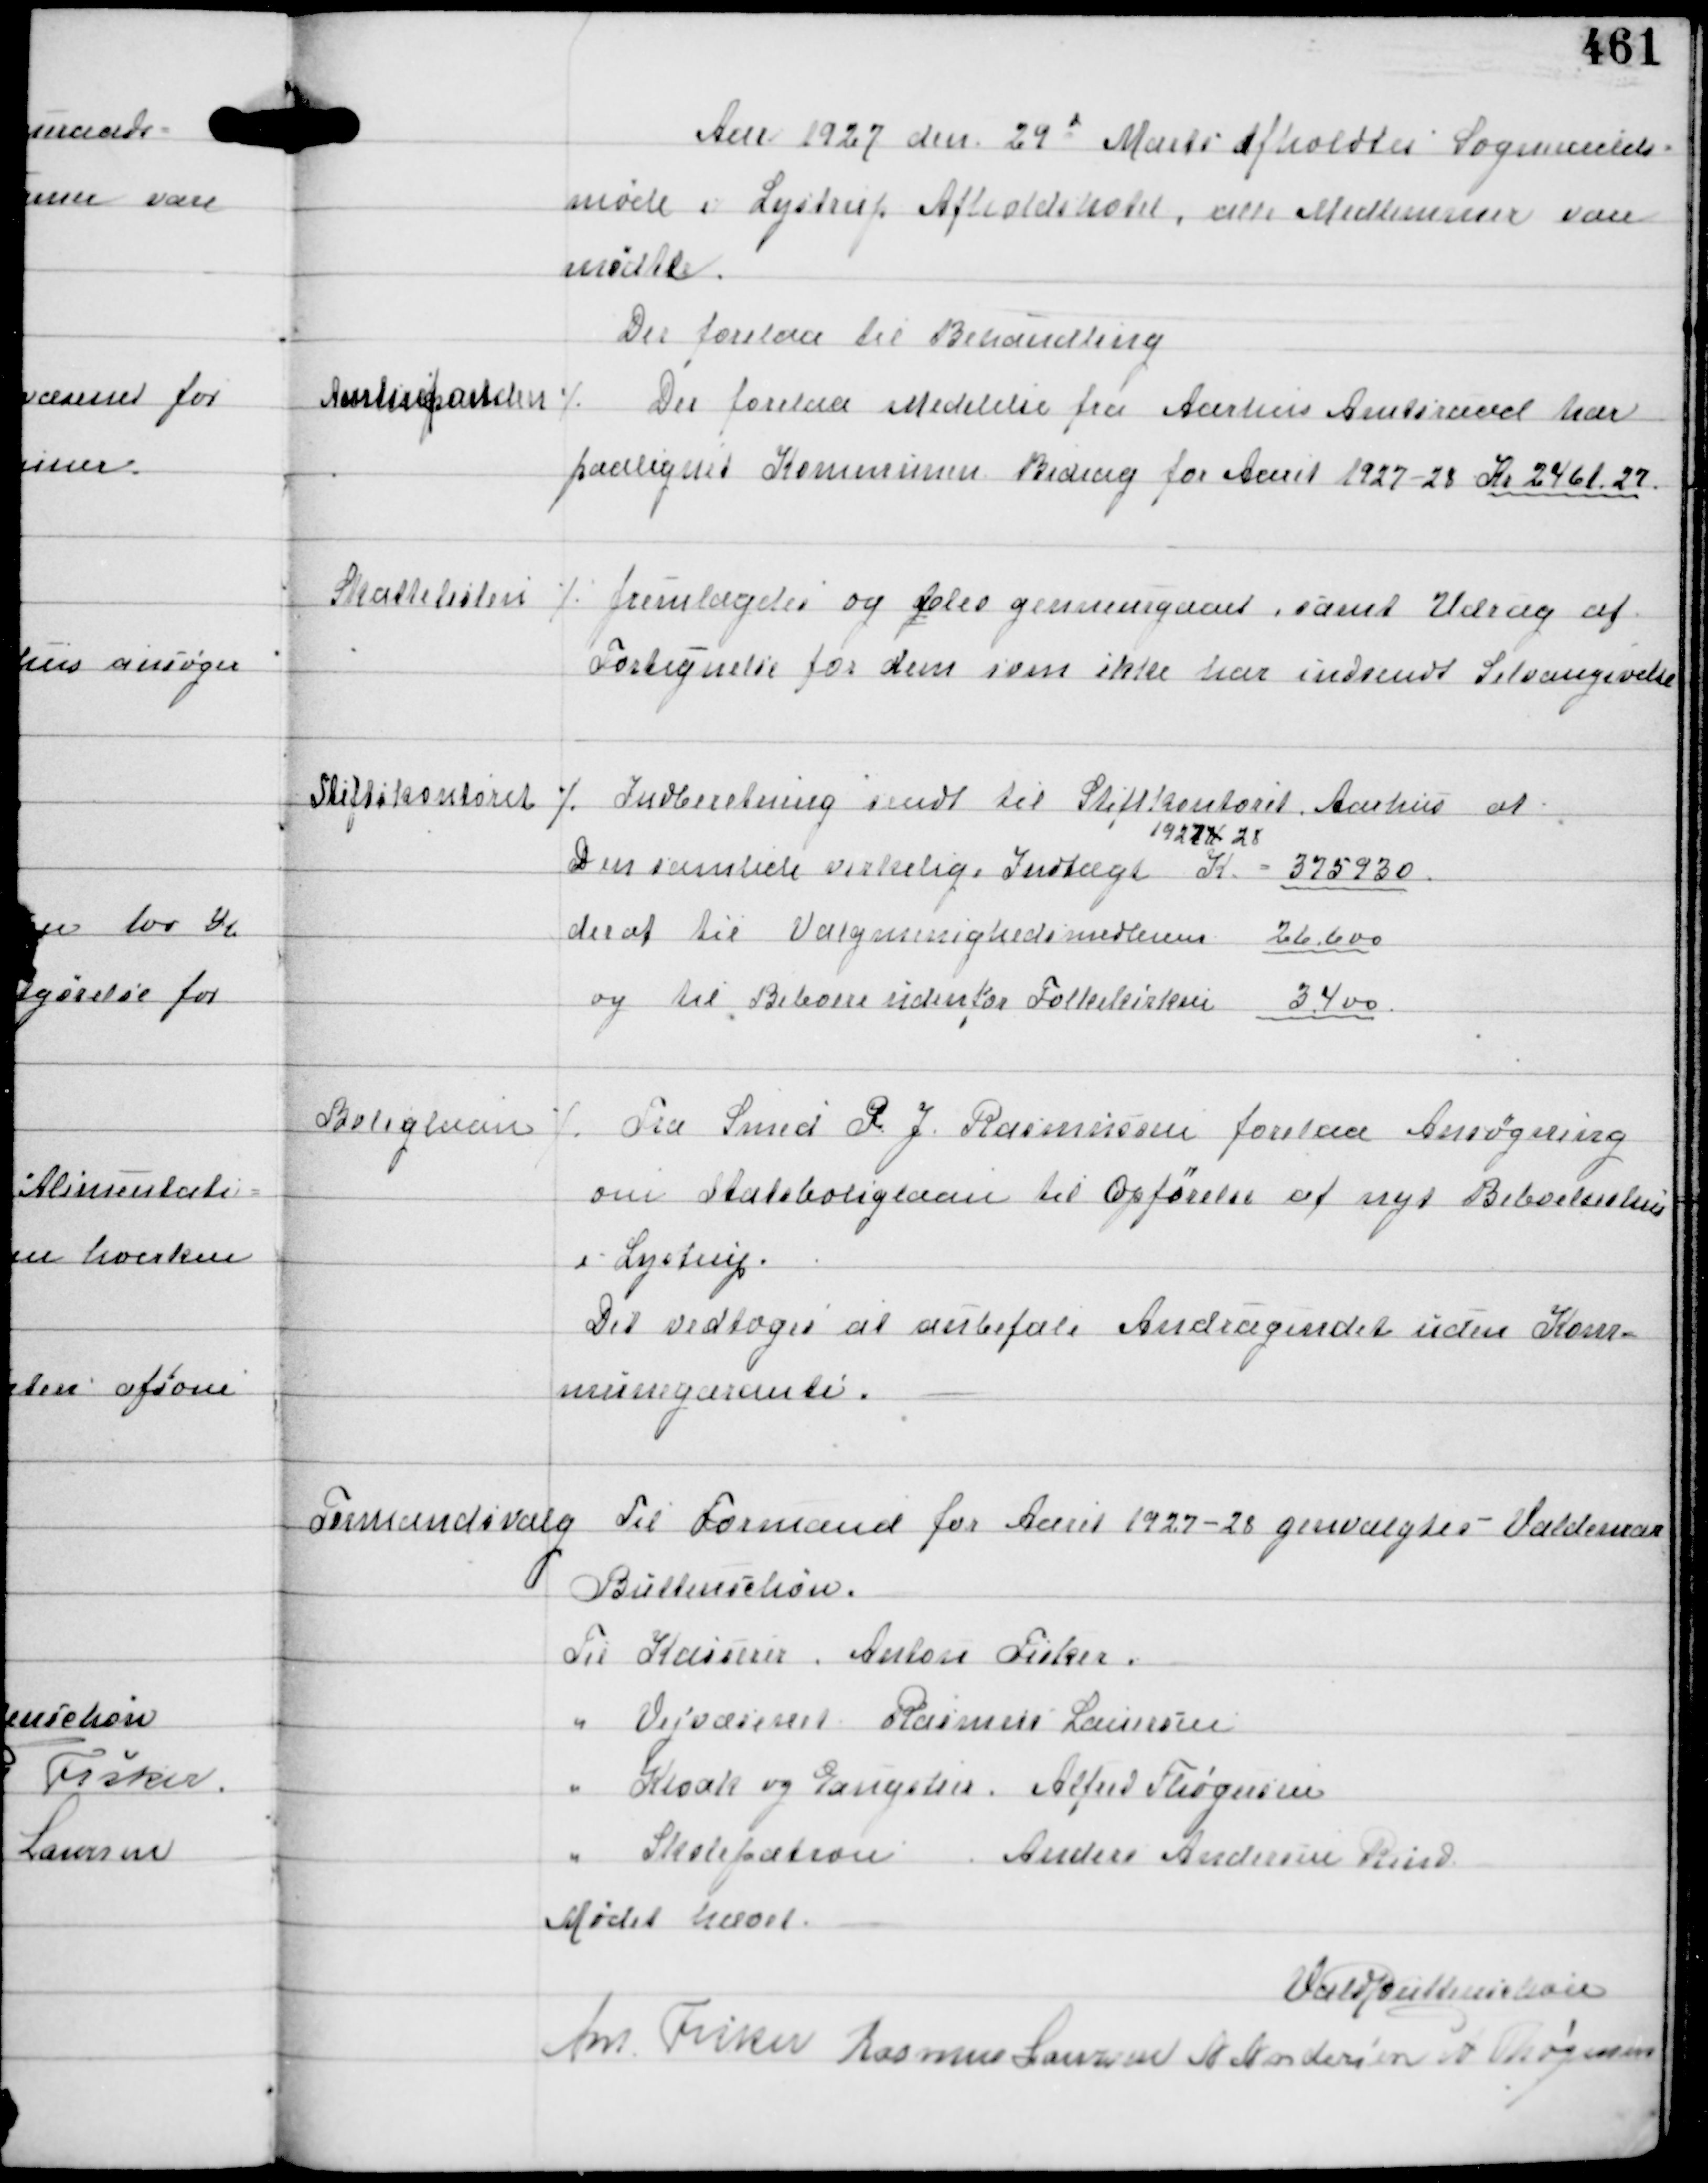
Transskription:
Aar 1927 den 29d Marts Afholdtes Sogneraads-
møde i Lystrup Afholdshotel, alle Medlemmer vare
mødte.
Der forelaa til Behandling

Amtsfonden

⁒ Der forelaa Medelelse fra Aarhus Amtsraad har
paalignet Kommunen Bidrag for Aaret 1927-28 Kr 2461,27

Skattelisten

⁒ fremlagdes og blev gennemgaaet, samt Udrag af
Fortegnelse for dem, som ikke har indsendt Selvangivelse

Stiftskontoret

⁒ Indberetning sendt til Stiftkontoret Aarhus at
Den samlede virkelige Indtægt
19274,28
K = 375930
deraf til Valgmenighedsmedlemmer 26.600
og til Beboere udenfor Folkekirken
3.400

Boliglaan

⁒ Fra Smed R J Rasmussen forelaa Ansøgning
om Statsboliglaan til Opførelse af nyt Beboelseshus
i Lystrup.
Det vedtoges at anbefale Andragendet uden Kom-
munegaranti.

Formandsvalg

Til Formand for Aaret 1927-28 genvalgtes Valdemar
Buttenschøn.
Til Kasserer Anton Fisker
" Vejvæsenet Rasmus Laursen
" Kloak og Gangstier Alfred Thøgersen
" Skolepatron Anders Andersen Rind

Mødet hævet
Vald Buttenschøn
Ant Fisker Rasmus Laursen A Andersen A Thøgersen